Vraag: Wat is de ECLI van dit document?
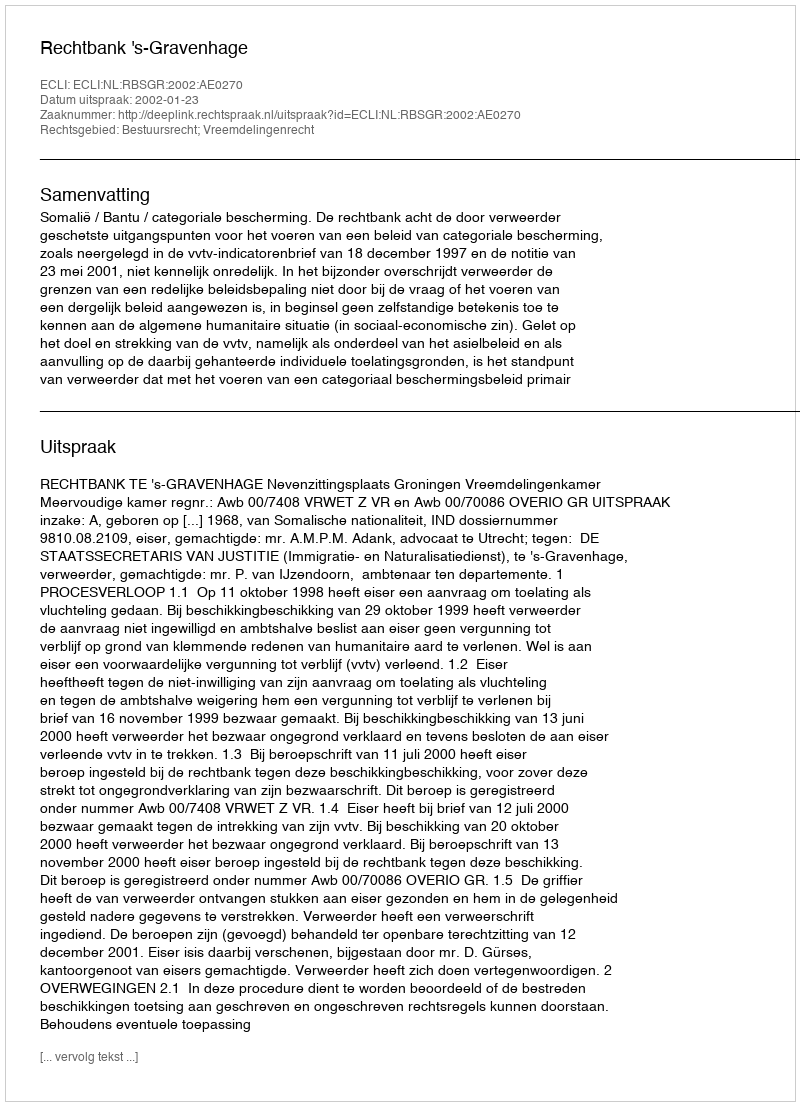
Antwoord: ECLI:NL:RBSGR:2002:AE0270